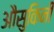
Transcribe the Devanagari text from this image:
औसुकिनी